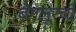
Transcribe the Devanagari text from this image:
बेंगलूरची